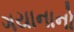
ગયાનાનો